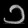
Digit: ၁